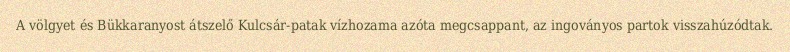
A völgyet és Bükkaranyost átszelő Kulcsár-patak vízhozama azóta megcsappant, az ingoványos partok visszahúzódtak.